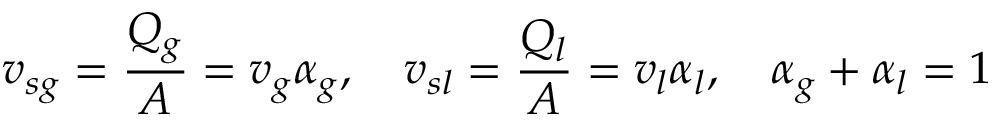
v _ { s g } = \frac { Q _ { g } } { A } = v _ { g } \alpha _ { g } , ~ ~ ~ v _ { s l } = \frac { Q _ { l } } { A } = v _ { l } \alpha _ { l } , ~ ~ ~ \alpha _ { g } + \alpha _ { l } = 1